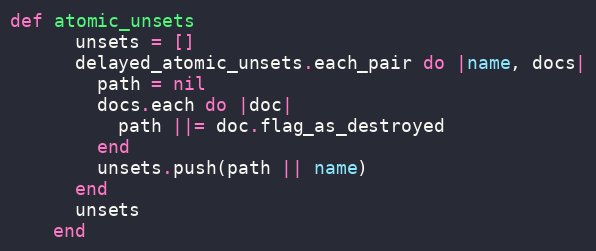
Language: Ruby
def atomic_unsets
      unsets = []
      delayed_atomic_unsets.each_pair do |name, docs|
        path = nil
        docs.each do |doc|
          path ||= doc.flag_as_destroyed
        end
        unsets.push(path || name)
      end
      unsets
    end